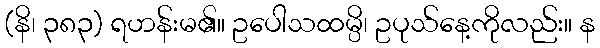
(နိ၊ ၃၈၃) ရဟန်းမ၏။ ဥပေါသထမ္ပိ၊ ဥပုသ်နေ့ကိုလည်း။ န